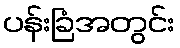
ပန်းခြံအတွင်း